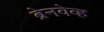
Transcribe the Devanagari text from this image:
ब्रेनवेव्ह